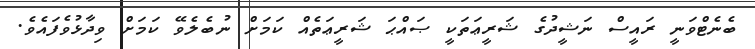
ބެނެޓްވަނީ ރައީސް ނަޝީދުގެ ޝަރީޢަތަކީ ޞައްޙަ ޝަރީޢަތެއް ކަމަށް ނުބެލެވޭ ކަމަށް ވިދާޅުވެފައެވެ.